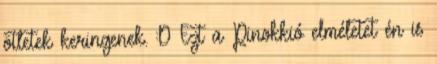
ötletek keringenek. :D Ezt a Pinokkió elméletet én is